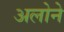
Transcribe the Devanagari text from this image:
अलोने